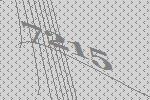
7215